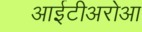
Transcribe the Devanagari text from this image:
आईटीअरोआ